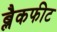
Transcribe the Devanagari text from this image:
ब्लैकफीट